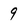
Character: 9